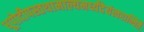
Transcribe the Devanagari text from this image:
धूपोदीपस्तथामाल्यमर्घ्यंदेयंत्वरान्वितैः